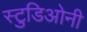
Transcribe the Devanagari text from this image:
स्टुडिओनी